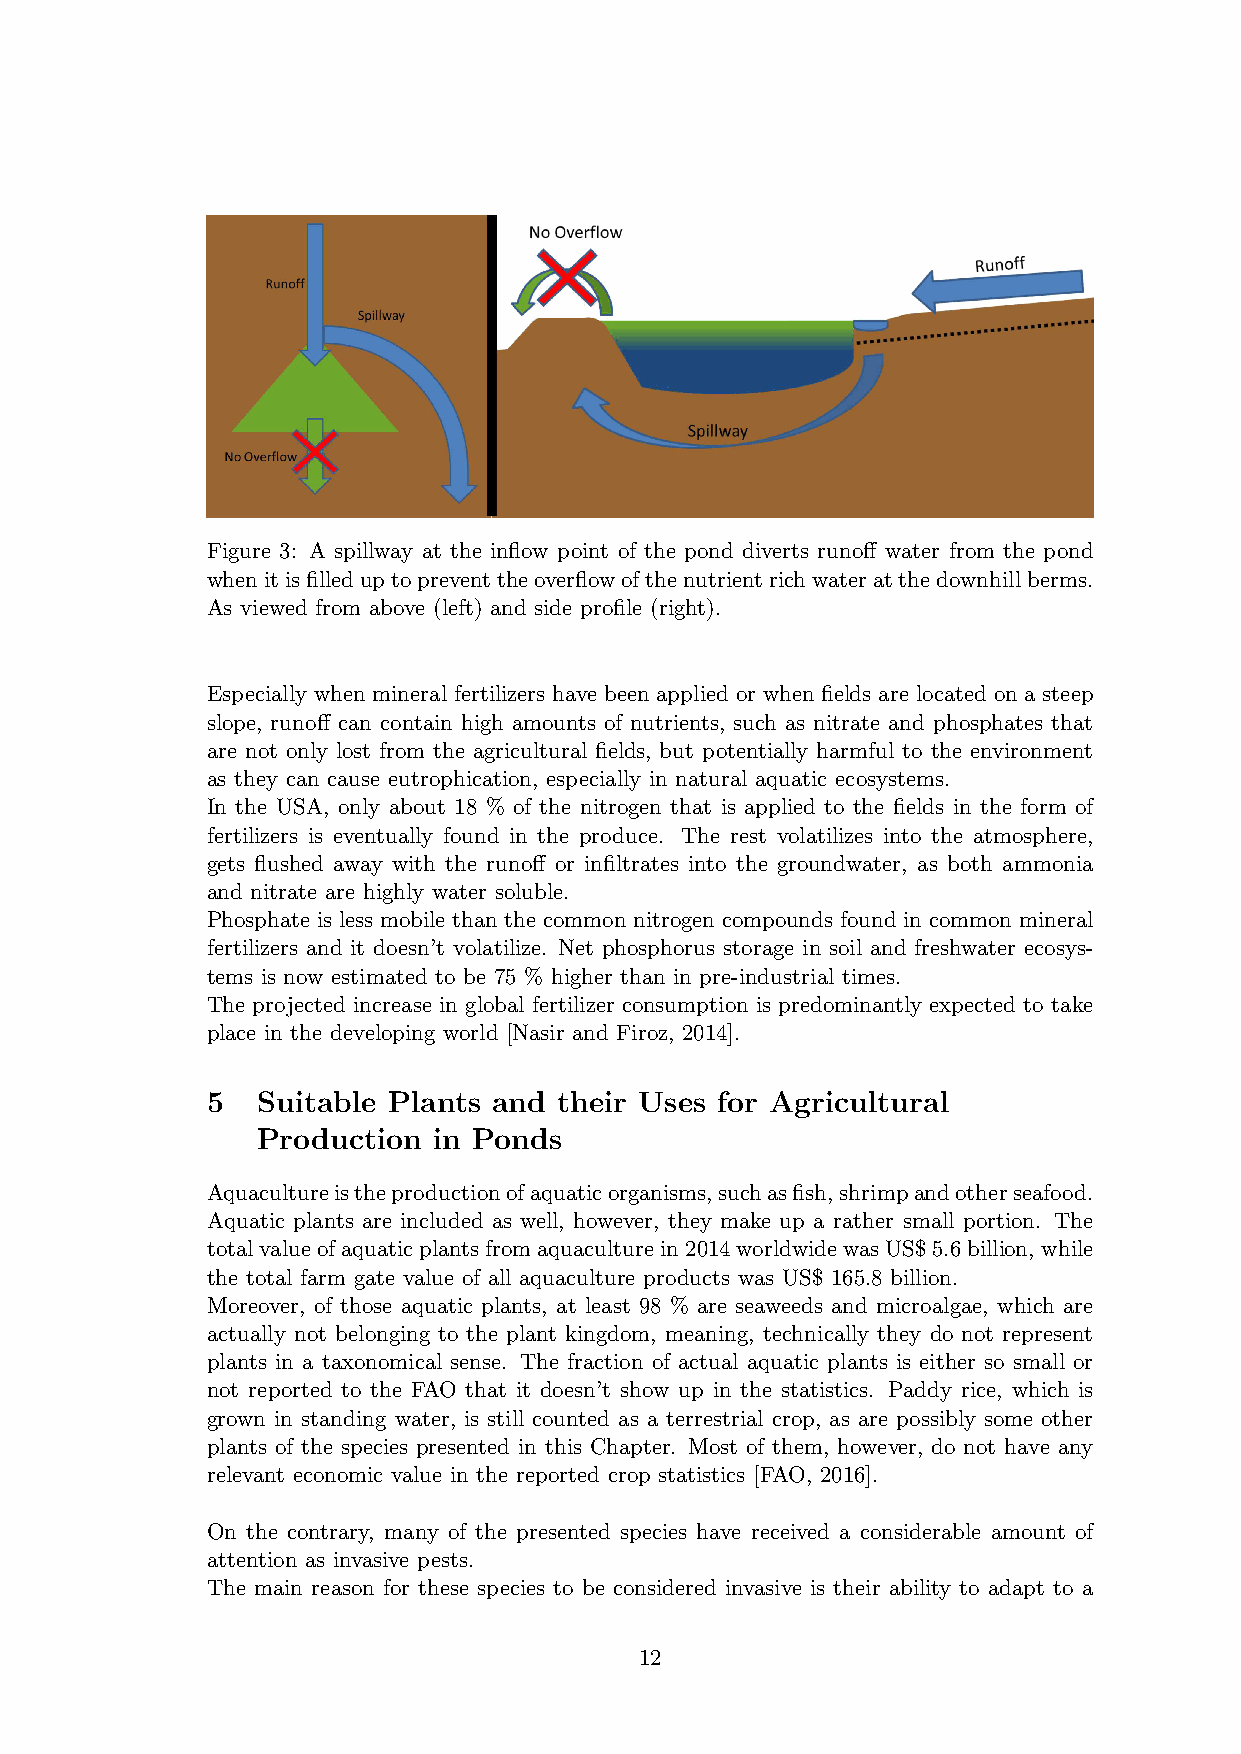
Figure 3: A spillway at the inflow point of the pond diverts runoff water from the pond
 whenitisfilleduptopreventtheoverflowofthenutrientrichwateratthedownhillberms.
 As viewed from above (left) and side profile (right).
 Especially when mineral fertilizers have been applied or when fields are located on a steep
 slope, runoff can contain high amounts of nutrients, such as nitrate and phosphates that
 are not only lost from the agricultural fields, but potentially harmful to the environment
 as they can cause eutrophication, especially in natural aquatic ecosystems.
 In the USA, only about 18 % of the nitrogen that is applied to the fields in the form of
 fertilizers is eventually found in the produce. The rest volatilizes into the atmosphere,
 gets flushed away with the runoff or infiltrates into the groundwater, as both ammonia
 and nitrate are highly water soluble.
 Phosphate is less mobile than the common nitrogen compounds found in common mineral
 fertilizers and it doesn’t volatilize. Net phosphorus storage in soil and freshwater ecosys-
 tems is now estimated to be 75 % higher than in pre-industrial times.
 The projected increase in global fertilizer consumption is predominantly expected to take
 place in the developing world [Nasir and Firoz, 2014].
 5  Suitable Plants and their Uses for Agricultural
 Production  in Ponds
 Aquacultureistheproductionofaquaticorganisms,suchasfish,shrimpandotherseafood.
 Aquatic plants are included as well, however, they make up a rather small portion. The
 totalvalueofaquaticplantsfromaquaculturein2014worldwidewasUS$5.6billion, while
 the total farm gate value of all aquaculture products was US$ 165.8 billion.
 Moreover, of those aquatic plants, at least 98 % are seaweeds and microalgae, which are
 actually not belonging to the plant kingdom, meaning, technically they do not represent
 plants in a taxonomical sense. The fraction of actual aquatic plants is either so small or
 not reported to the FAO that it doesn’t show up in the statistics. Paddy rice, which is
 grown in standing water, is still counted as a terrestrial crop, as are possibly some other
 plants of the species presented in this Chapter. Most of them, however, do not have any
 relevant economic value in the reported crop statistics [FAO, 2016].
 On the contrary, many of the presented species have received a considerable amount of
 attention as invasive pests.
 The main reason for these species to be considered invasive is their ability to adapt to a
 12